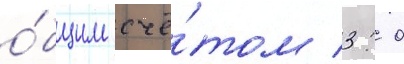
о́бщим счё́том 3: 0